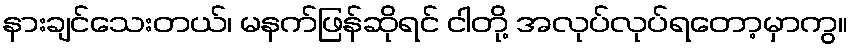
နားချင်သေးတယ်၊ မနက်ဖြန်ဆိုရင် ငါတို့ အလုပ်လုပ်ရတော့မှာကွ။